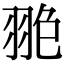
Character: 𦐙